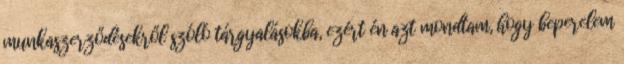
munkaszerződésekről szóló tárgyalásokba, ezért én azt mondtam, hogy beperelem